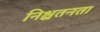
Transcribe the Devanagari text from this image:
निश्चतनता